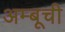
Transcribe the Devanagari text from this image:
अम्बूची